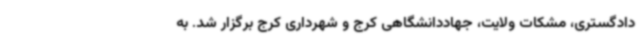
دادگستری، مشکات ولایت، جهاددانشگاهی کرج و شهرداری کرج برگزار شد. به